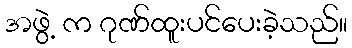
အဖွဲ့ က ဂုဏ်ထူးပင်ပေးခဲ့သည်။